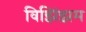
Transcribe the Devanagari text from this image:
विझिंझम